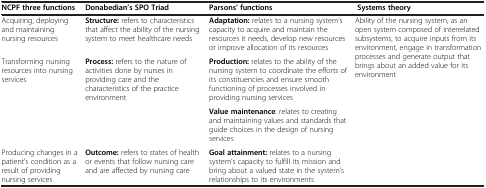
| NCPF three functions | Donabedian’s SPO Triad | Parsons’ functions | Systems theory |
 | --- | --- | --- | --- |
 | Acquiring, deploying and maintaining nursing resources | Structure: refers to characteristics that affect the ability of the nursing system to meet healthcare needs | Adaptation: relates to a nursing system’s capacity to acquire and maintain the resources it needs, develop new resources or improve allocation of its resources | <ROWSPAN=3> Ability of the nursing system, as an open system composed of interrelated subsystems, to acquire inputs from its environment, engage in transformation processes and generate output that brings about an added value for its environment |
 | <ROWSPAN=2> Transforming nursing resources into nursing services | <ROWSPAN=2> Process: refers to the nature of activities done by nurses in providing care and the characteristics of the practice environment | Production: relates to the ability of the nursing system to coordinate the efforts of its constituencies and ensure smooth functioning of processes involved in providing nursing services |
 | Value maintenance: relates to creating and maintaining values and standards that guide choices in the design of nursing services |
 | Producing changes in a patient’s condition as a result of providing nursing services | Outcome: refers to states of health or events that follow nursing care and are affected by nursing care | Goal attainment: relates to a nursing system’s capacity to fulfill its mission and bring about a valued state in the system’s relationships to its environments |  |